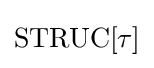
{\mbox{STRUC}}[\tau ]